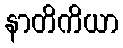
နာတိကိယာ